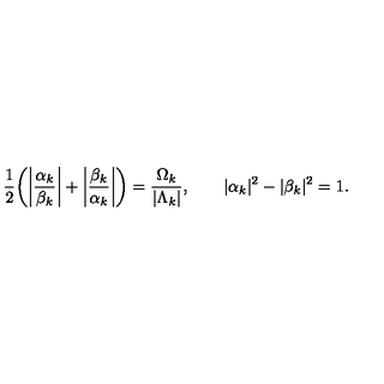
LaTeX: \frac { 1 } { 2 } \bigg ( \bigg | \frac { \alpha _ { { k } } } { \beta _ { { k } } } \bigg | + \bigg | \frac { \beta _ { { k } } } { \alpha _ { { k } } } \bigg | \bigg ) = \frac { \Omega _ { { k } } } { | \Lambda _ { { k } } | } , \qquad | \alpha _ { { k } } | ^ { 2 } - | \beta _ { { k } } | ^ { 2 } = 1 .